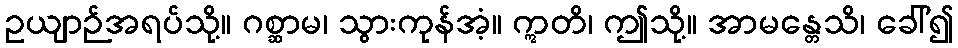
ဥယျာဉ်အရပ်သို့။ ဂစ္ဆာမ၊ သွားကုန်အံ့။ ဣတိ၊ ဤသို့။ အာမန္တေသိ၊ ခေါ်၍